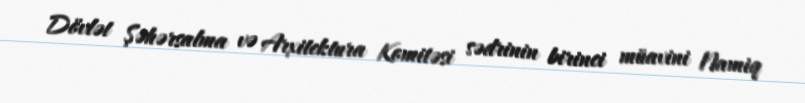
Dövlət Şəhərsalma və Arxitektura Komitəsi sədrinin birinci müavini Namiq